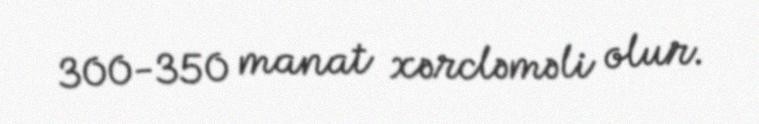
300-350 manat xərcləməli olur.